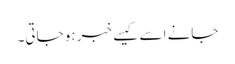
جانے اسے کیسے خبر ہو جاتی۔